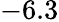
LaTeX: -6.3